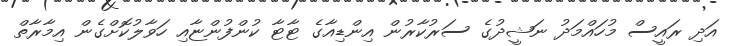
އަދި ރައީސް މުހައްމަދު ނަޝީދުގެ ސަރުކާރުން އިންޑިއާގެ ޓާޓާ ކުންފުންޏާއި ހަވާލުކޮށްގެން އިމާރާތް